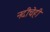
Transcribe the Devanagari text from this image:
नदीचेही